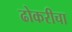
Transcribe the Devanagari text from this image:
ढोकरीचा